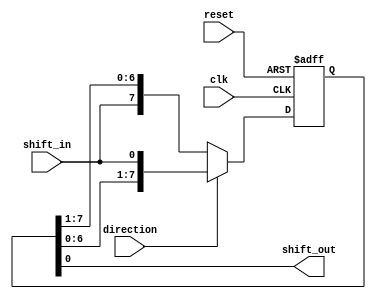
module bidirectional_shift_register (
    input wire clk,
    input wire reset,
    input wire direction,
    input wire shift_in,
    output wire shift_out
);

reg [7:0] data;

always @(posedge clk or posedge reset) begin
    if (reset) begin
        data <= 8'b0;
    end else begin
        if (direction) begin
            data <= {data[6:0], shift_in};
        end else begin
            data <= {shift_in, data[7:1]};
        end
    end
end

assign shift_out = data[0];

endmodule